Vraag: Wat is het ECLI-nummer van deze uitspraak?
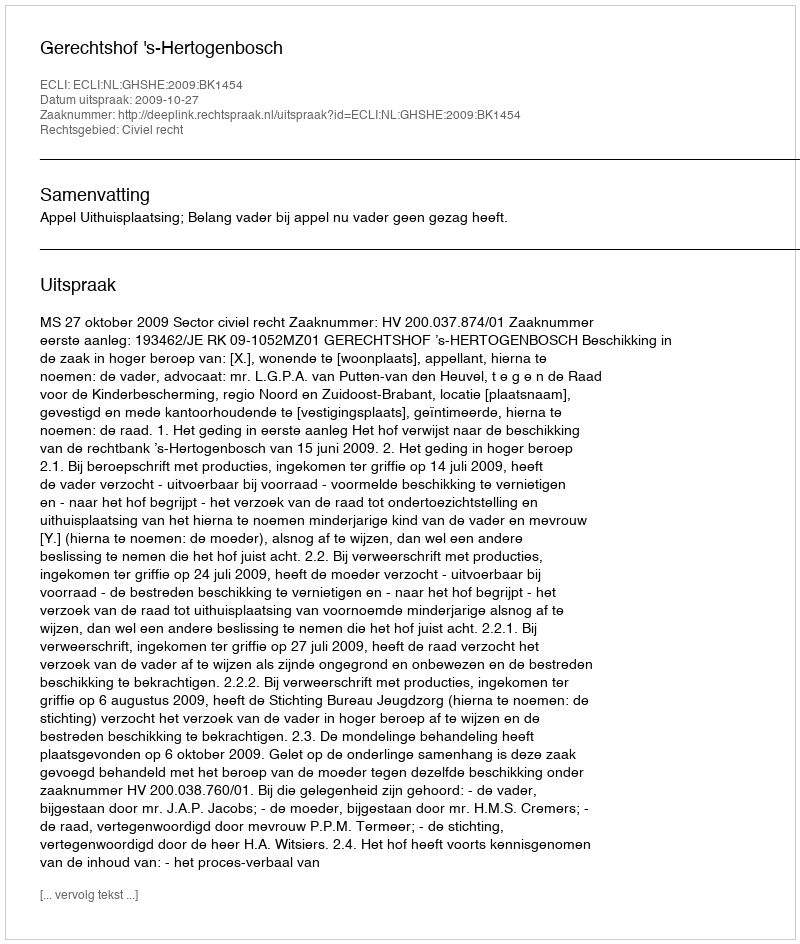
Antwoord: ECLI:NL:GHSHE:2009:BK1454